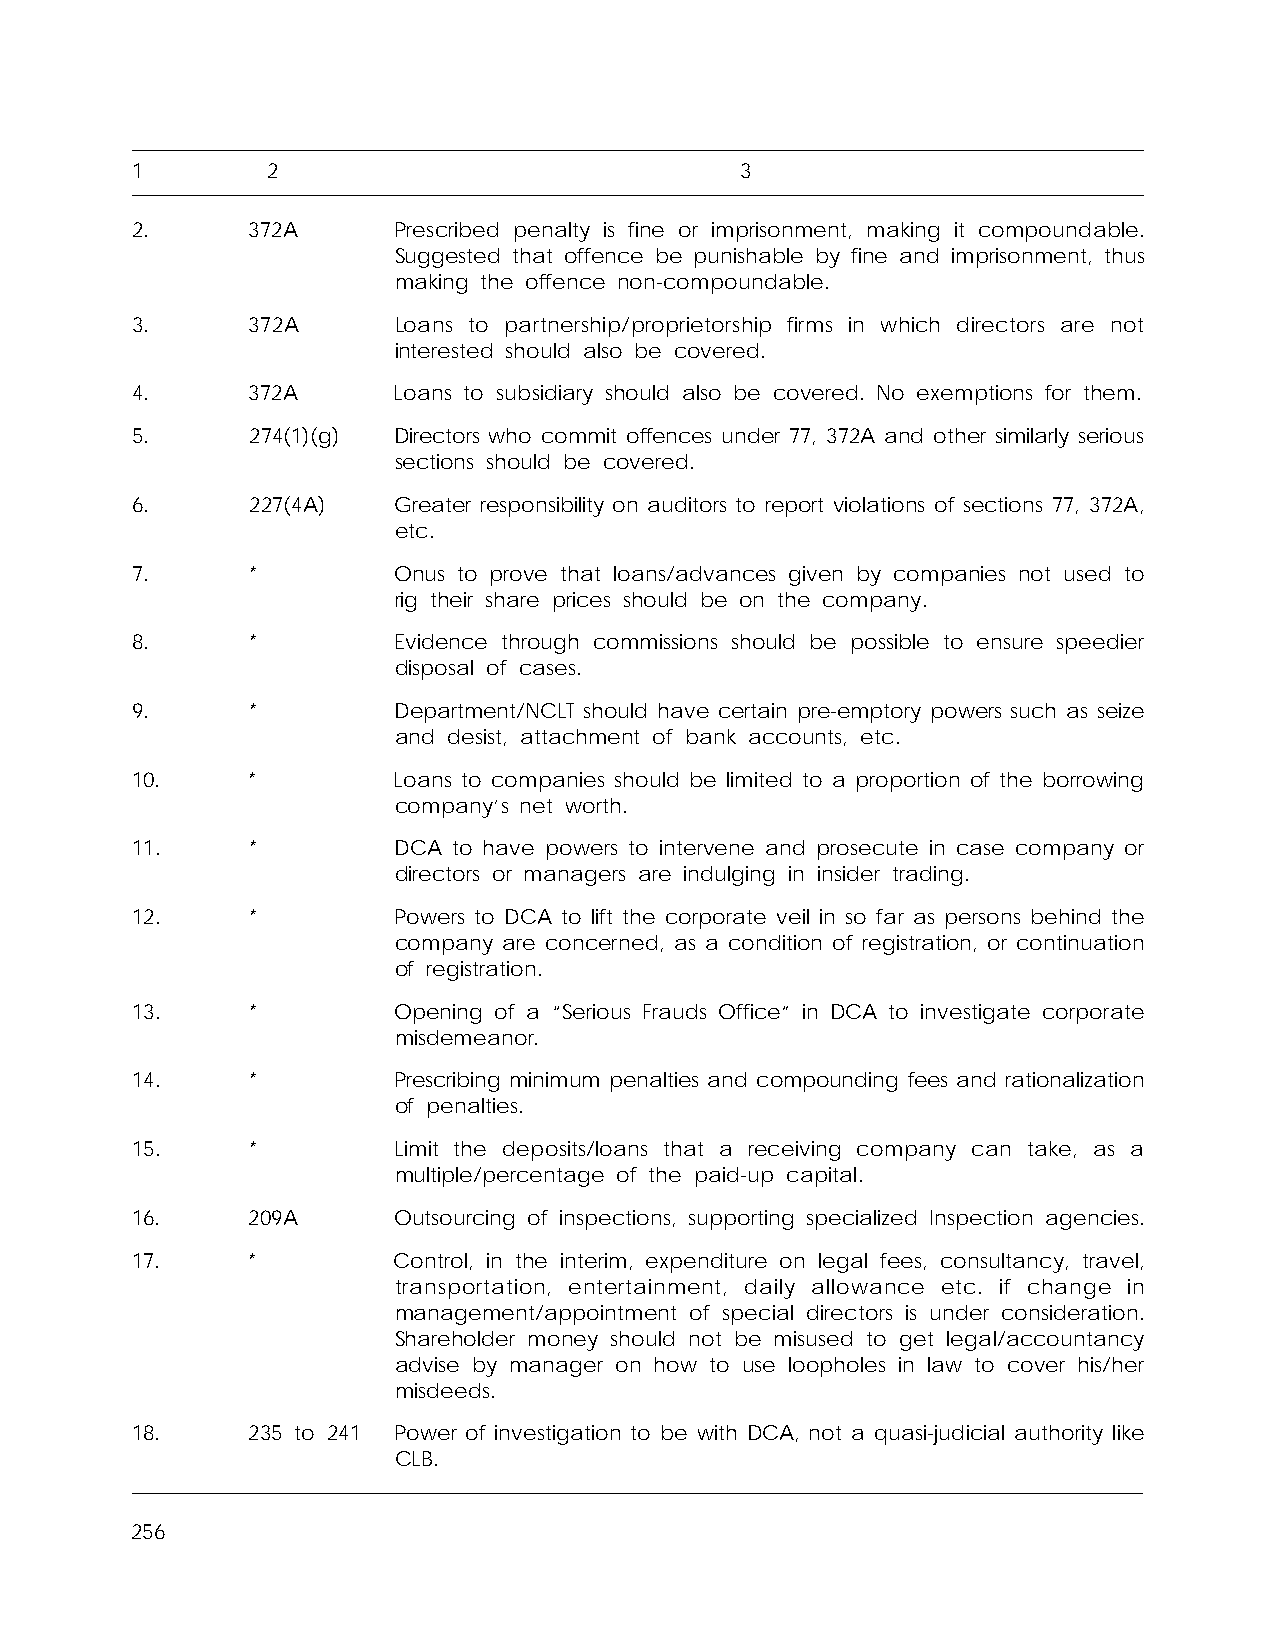
1        2                              3
 2.      372A     Prescribed penalty is fine or imprisonment, making it compoundable.
 Suggested that offence be punishable by fine and imprisonment, thus
 making the offence non-compoundable.
 3.      372A     Loans to partnership/proprietorship firms in which directors are not
 interested should also be covered.
 4.      372A     Loans to subsidiary should also be covered. No exemptions for them.
 5.     274(1)(g) Directors who commit offences under 77, 372A and other similarly serious
 sections should be covered.
 6.     227(4A)   Greater responsibility on auditors to report violations of sections 77, 372A,
 etc.
 7.      *        Onus to prove that loans/advances given by companies not used to
 rig their share prices should be on the company.
 8.      *        Evidence through commissions should be possible to ensure speedier
 disposal of cases.
 9.     *         Department/NCLT should have certain pre-emptory powers such as seize
 and desist, attachment of bank accounts, etc.
 10.     *        Loans to companies should be limited to a proportion of the borrowing
 company’s net worth.
 11.     *        DCA to have powers to intervene and prosecute in case company or
 directors or managers are indulging in insider trading.
 12.     *        Powers to DCA to lift the corporate veil in so far as persons behind the
 company are concerned, as a condition of registration, or continuation
 of registration.
 13.     *        Opening of a “Serious Frauds Office” in DCA to investigate corporate
 misdemeanor.
 14.     *        Prescribing minimum penalties and compounding fees and rationalization
 of penalties.
 15.     *        Limit the deposits/loans that a receiving company can take, as a
 multiple/percentage of the paid-up capital.
 16.     209A     Outsourcing of inspections, supporting specialized Inspection agencies.
 17.     *        Control, in the interim, expenditure on legal fees, consultancy, travel,
 transportation, entertainment, daily allowance etc. if change in
 management/appointment of special directors is under consideration.
 Shareholder money should not be misused to get legal/accountancy
 advise by manager on how to use loopholes in law to cover his/her
 misdeeds.
 18.     235 to 241 Power of investigation to be with DCA, not a quasi-judicial authority like
 CLB.
 256